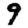
Digit: 9